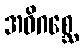
အဓိဂစ္ဆေ